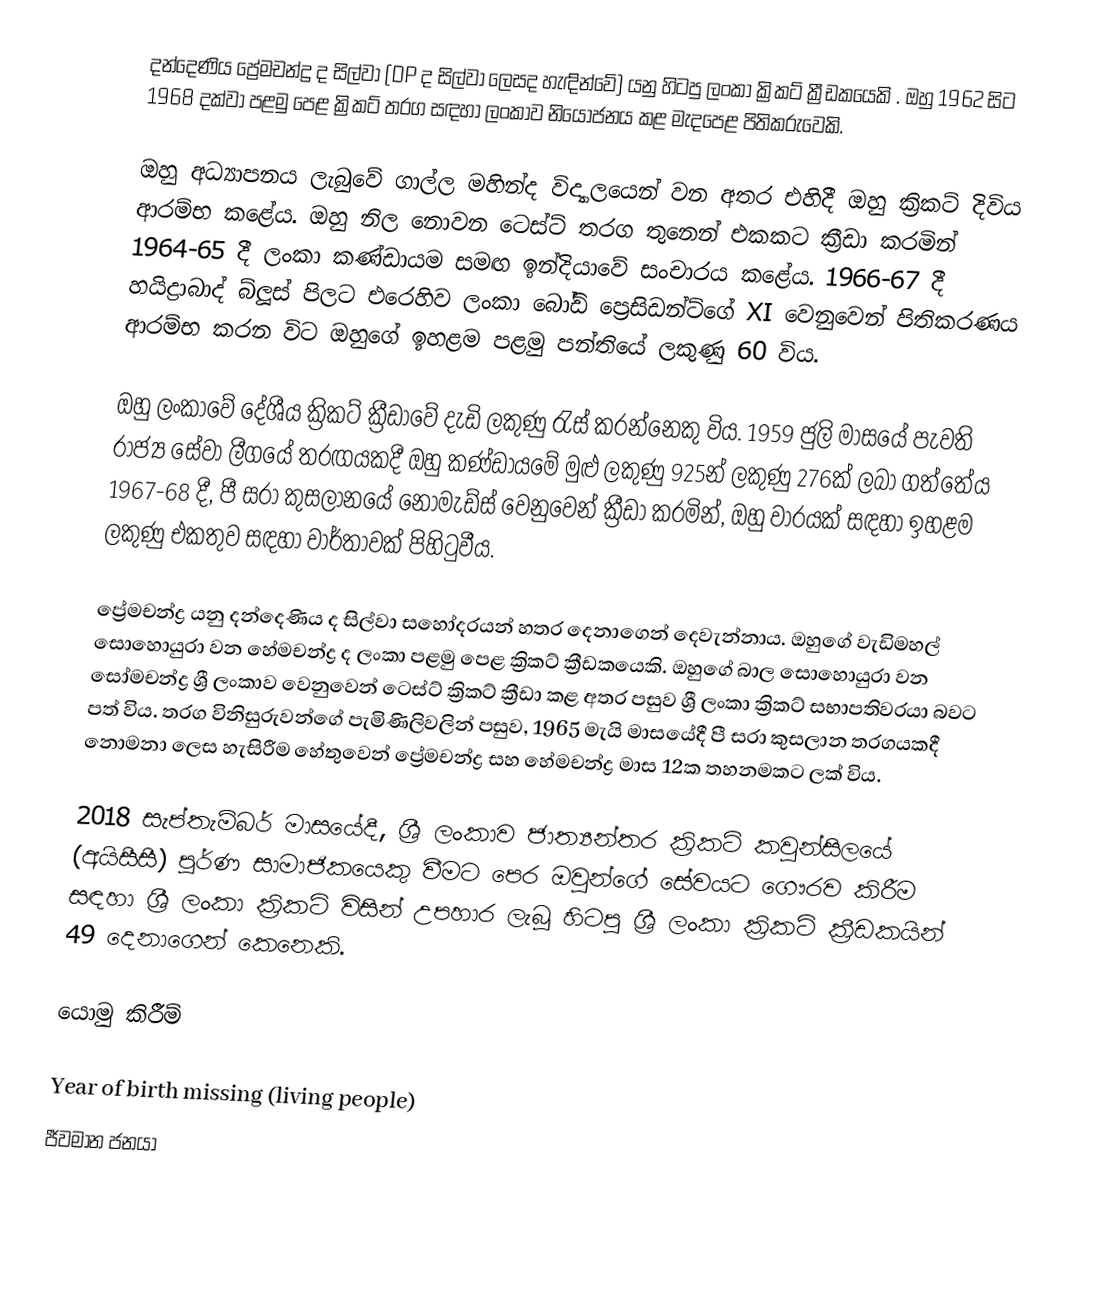
දන්දෙණිය ප්‍රේමචන්ද්‍ර ද සිල්වා (DP ද සිල්වා ලෙසද හැඳින්වේ) යනු හිටපු ලංකා ක්‍රිකට් ක්‍රීඩකයෙකි . ඔහු 1962 සිට 1968 දක්වා පළමු පෙළ ක්‍රිකට් තරග සඳහා ලංකාව නියෝජනය කළ මැදපෙළ පිතිකරුවෙකි.

ඔහු අධ්‍යාපනය ලැබුවේ ගාල්ල මහින්ද විද්‍යාලයෙන් වන අතර එහිදී ඔහු ක්‍රිකට් දිවිය ආරම්භ කළේය. ඔහු නිල නොවන ටෙස්ට් තරග තුනෙන් එකකට ක්‍රීඩා කරමින් 1964-65 දී ලංකා කණ්ඩායම සමඟ ඉන්දියාවේ සංචාරය කළේය. 1966-67 දී හයිද්‍රාබාද් බ්ලූස් පිලට එරෙහිව ලංකා බෝඩ් ප්‍රෙසිඩන්ට්ගේ XI වෙනුවෙන් පිතිකරණය ආරම්භ කරන විට ඔහුගේ ඉහළම පළමු පන්තියේ ලකුණු 60 විය.

ඔහු ලංකාවේ දේශීය ක්‍රිකට් ක්‍රීඩාවේ දැඩි ලකුණු රැස් කරන්නෙකු විය. 1959 ජුලි මාසයේ පැවති රාජ්‍ය සේවා ලීගයේ තරඟයකදී ඔහු කණ්ඩායමේ මුළු ලකුණු 925න් ලකුණු 276ක් ලබා ගත්තේය  1967-68 දී, පී සරා කුසලානයේ නෝමැඩ්ස් වෙනුවෙන් ක්‍රීඩා කරමින්, ඔහු වාරයක් සඳහා ඉහළම ලකුණු එකතුව සඳහා වාර්තාවක් පිහිටුවීය.

ප්‍රේමචන්ද්‍ර යනු දන්දෙණිය ද සිල්වා සහෝදරයන් හතර දෙනාගෙන් දෙවැන්නාය. ඔහුගේ වැඩිමහල් සොහොයුරා වන හේමචන්ද්‍ර ද ලංකා පළමු පෙළ ක්‍රිකට් ක්‍රීඩකයෙකි.  ඔහුගේ බාල සොහොයුරා වන සෝමචන්ද්‍ර ශ්‍රී ලංකාව වෙනුවෙන් ටෙස්ට් ක්‍රිකට් ක්‍රීඩා කළ අතර පසුව ශ්‍රී ලංකා ක්‍රිකට් සභාපතිවරයා බවට පත් විය. තරග විනිසුරුවන්ගේ පැමිණිලිවලින් පසුව, 1965 මැයි මාසයේදී පී සරා කුසලාන තරගයකදී නොමනා ලෙස හැසිරීම හේතුවෙන් ප්‍රේමචන්ද්‍ර සහ හේමචන්ද්‍ර මාස 12ක තහනමකට ලක් විය.

2018 සැප්තැම්බර් මාසයේදී, ශ්‍රී ලංකාව ජාත්‍යන්තර ක්‍රිකට් කවුන්සිලයේ (අයිසීසී) පූර්ණ සාමාජිකයෙකු වීමට පෙර ඔවුන්ගේ සේවයට ගෞරව කිරීම සඳහා ශ්‍රී ලංකා ක්‍රිකට් විසින් උපහාර ලැබූ හිටපු ශ්‍රී ලංකා ක්‍රිකට් ක්‍රීඩකයින් 49 දෙනාගෙන් කෙනෙකි.

යොමු කිරීම්

Year of birth missing (living people)
ජීවමාන ජනයා